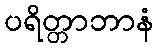
ပရိတ္တာဘာနံ